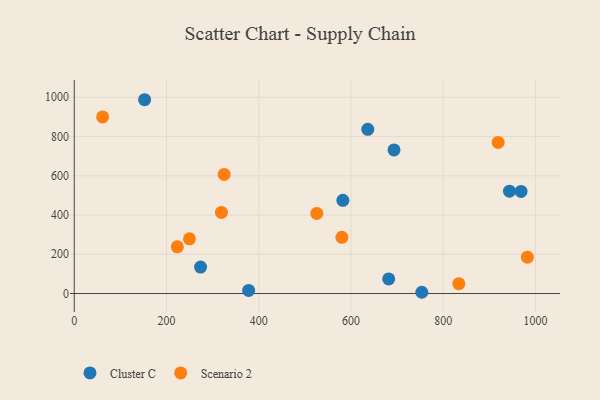
{"axis": {"x": "Distance", "y": "Yield"}, "legend": ["Cluster C", "Scenario 2"], "data": [{"x": "636.4", "y": 836.7, "type": "Cluster C"}, {"x": "943.7", "y": 521.6, "type": "Cluster C"}, {"x": "273.9", "y": 134.8, "type": "Cluster C"}, {"x": "968.8", "y": 520.3, "type": "Cluster C"}, {"x": "152.5", "y": 987.6, "type": "Cluster C"}, {"x": "753.6", "y": 6.4, "type": "Cluster C"}, {"x": "378.1", "y": 15.8, "type": "Cluster C"}, {"x": "681.8", "y": 74.2, "type": "Cluster C"}, {"x": "693.3", "y": 731.8, "type": "Cluster C"}, {"x": "582.4", "y": 474.8, "type": "Cluster C"}, {"x": "525.9", "y": 408.2, "type": "Scenario 2"}, {"x": "249.8", "y": 278.8, "type": "Scenario 2"}, {"x": "61.5", "y": 900.1, "type": "Scenario 2"}, {"x": "325.0", "y": 606.7, "type": "Scenario 2"}, {"x": "919.2", "y": 769.9, "type": "Scenario 2"}, {"x": "223.5", "y": 237.9, "type": "Scenario 2"}, {"x": "982.5", "y": 185.1, "type": "Scenario 2"}, {"x": "319.1", "y": 413.4, "type": "Scenario 2"}, {"x": "580.3", "y": 286.2, "type": "Scenario 2"}, {"x": "833.9", "y": 50.3, "type": "Scenario 2"}]}